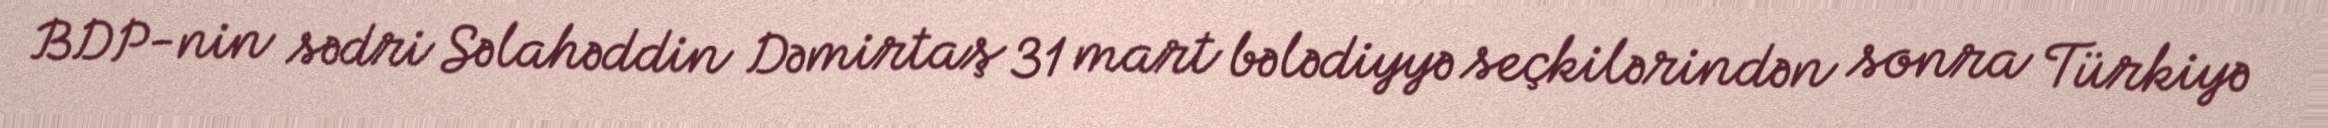
BDP-nin sədri Səlahəddin Dəmirtaş 31 mart bələdiyyə seçkilərindən sonra Türkiyə